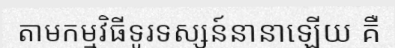
តាមកម្មវិធីទូរទស្សន៍នានាឡើយ គឺ